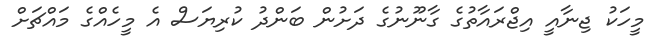
މީހަކު ޖިނާއީ އިޖްރައާތުގެ ގާނޫނުގެ ދަށުން ބަންދު ކުރިޔަސް އެ މީހެއްގެ މައްޗަށް